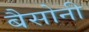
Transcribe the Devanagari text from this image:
बैसोनी